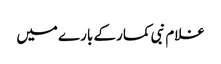
غلام نبی کمار کے بارے میں